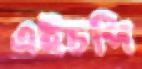
এইচপি